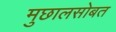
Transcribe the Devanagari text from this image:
मुछालसोबत